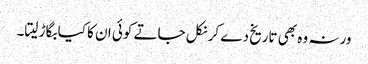
ورنہ وہ بھی تاریخ دے کر نکل جاتے کوئی ان کا کیا بگاڑ لیتا۔